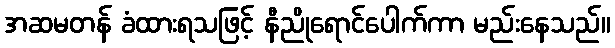
အဆမတန် ခံထားရသဖြင့် နီညိုရောင်ပေါက်ကာ မည်းနေသည်။